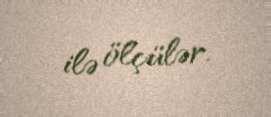
ilə ölçülər.